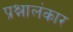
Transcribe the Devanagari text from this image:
प्रश्नालंकार